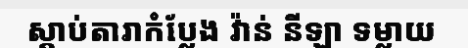
ស្តាប់តារាកំប្លែង វ៉ាន់ នីឡា ទម្លាយ